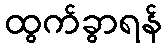
ထွက်ခွာရန်